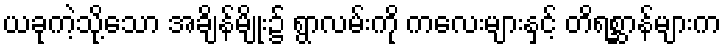
ယခုကဲ့သို့သော အချိန်မျိုး၌ ရွာလမ်းကို ကလေးများနှင့် တိရစ္ဆာန်များက